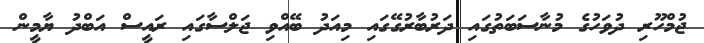
ޖުމްހޫރި ދުވަހުގެ މުނާސަބަތުގައި ދަރުބާރުގޭގައި މިއަދު ބޭއްވި ޖަލްސާގައި ރައީސް އަބްދު ޔާމީން